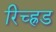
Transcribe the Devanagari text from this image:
रिच्ह्रड